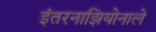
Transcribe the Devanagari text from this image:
इंतरनाझियोनाले